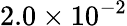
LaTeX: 2.0\times 10^{-2}